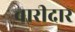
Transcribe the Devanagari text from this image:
बारीदार